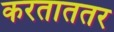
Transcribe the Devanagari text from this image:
करताततर